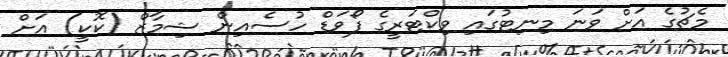
މެޗުގެ އަށް ވަނަ މިނިޓުގައި ވިކްޓަރީގެ ފޯވަޑް ހުސެއިން ޝިމާޒް (ކޮކީ) އަށް